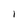
Character: l